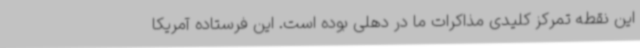
این نقطه تمرکز کلیدی مذاکرات ما در دهلی بوده است. این فرستاده آمریکا